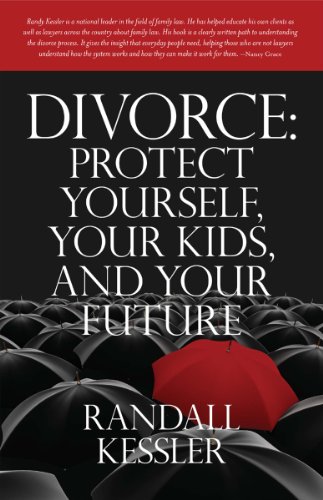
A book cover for Divorce: Protect Yourself, Your Kids, and Your Future; Randall M. Kessler; Law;